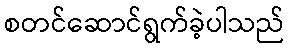
စတင်ဆောင်ရွက်ခဲ့ပါသည်